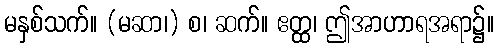
မနှစ်သက်။ (မဆာ၊) စ၊ ဆက်။ ဧတ္ထ၊ ဤအာဟာရအရာ၌။